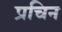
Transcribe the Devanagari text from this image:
प्रचिन